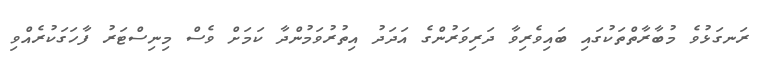
ރަނގަޅުވެ މުބާރާތްތަކުގައި ބައިވެރިވާ ދަރިވަރުންގެ އަދަދު އިތުރުވަމުންދާ ކަމަށް ވެސް މިނިސްޓަރު ފާހަގަކުރެއްވި